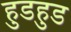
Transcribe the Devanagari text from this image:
हुडहुड